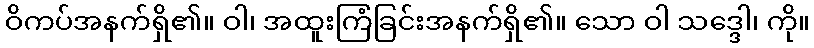
ဝိကပ်အနက်ရှိ၏။ ဝါ၊ အထူးကြံခြင်းအနက်ရှိ၏။ သော ဝါ သဒ္ဒေါ၊ ကို။